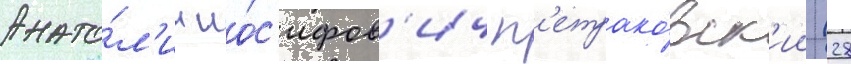
Анато́л'ии ио́с'ифов'ич п'етрако́вск'ии (28